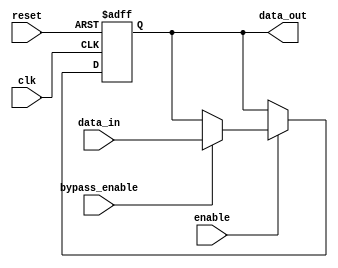
module Bypass_Register (
   input wire clk,
   input wire reset,
   input wire enable,
   input wire bypass_enable,
   input wire [7:0] data_in,
   output reg [7:0] data_out
);

reg [7:0] register;

always @(posedge clk or posedge reset) begin
   if (reset) begin
      register <= 8'b0;
   end else begin
      if (enable) begin
         if (bypass_enable) begin
            register <= data_in;
         end else begin
            register <= register;
         end
      end
   end
end

assign data_out = register;

endmodule